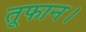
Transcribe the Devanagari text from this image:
तूफान।